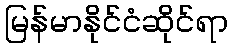
မြန်မာနိုင်ငံဆိုင်ရာ